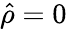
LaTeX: \hat{\rho}=0